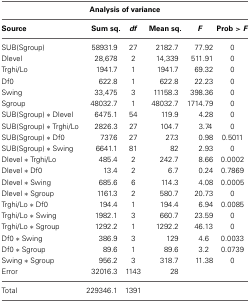
| <COLSPAN=6> Analysis of variance |
 | --- | --- | --- | --- | --- | --- |
 | Source | Sum sq. | df | Mean sq. | F | Prob > F |
 | SUB(Sgroup) | 58931.9 | 27 | 2182.7 | 77.92 | 0 |
 | Dlevel | 28,678 | 2 | 14,339 | 511.91 | 0 |
 | Trghi/Lo | 1941.7 | 1 | 1941.7 | 69.32 | 0 |
 | Df0 | 622.8 | 1 | 622.8 | 22.23 | 0 |
 | Swing | 33,475 | 3 | 11158.3 | 398.36 | 0 |
 | Sgroup | 48032.7 | 1 | 48032.7 | 1714.79 | 0 |
 | SUB(Sgroup) * Dlevel | 6475.1 | 54 | 119.9 | 4.28 | 0 |
 | SUB(Sgroup) * Trghi/Lo | 2826.3 | 27 | 104.7 | 3.74 | 0 |
 | SUB(Sgroup) * Df0 | 737.6 | 27 | 27.3 | 0.98 | 0.5011 |
 | SUB(Sgroup) * Swing | 6641.1 | 81 | 82 | 2.93 | 0 |
 | Dlevel * Trghi/Lo | 485.4 | 2 | 242.7 | 8.66 | 0.0002 |
 | Dlevel * Df0 | 13.4 | 2 | 6.7 | 0.24 | 0.7869 |
 | Dlevel * Swing | 685.6 | 6 | 114.3 | 4.08 | 0.0005 |
 | Dlevel * Sgroup | 1161.3 | 2 | 580.7 | 20.73 | 0 |
 | Trghi/Lo * Df0 | 194.4 | 1 | 194.4 | 6.94 | 0.0085 |
 | Trghi/Lo * Swing | 1982.1 | 3 | 660.7 | 23.59 | 0 |
 | Trghi/Lo * Sgroup | 1292.2 | 1 | 1292.2 | 46.13 | 0 |
 | Df0 * Swing | 386.9 | 3 | 129 | 4.6 | 0.0033 |
 | Df0 * Sgroup | 89.6 | 1 | 89.6 | 3.2 | 0.0739 |
 | Swing * Sgroup | 956.2 | 3 | 318.7 | 11.38 | 0 |
 | Error | 32016.3 | 1143 | 28 |  |  |
 | Total | 229346.1 | 1391 |  |  |  |